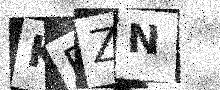
Text: KRZN